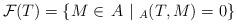
LaTeX: \begin{align*} \mathcal{F}(T)=\{M\in\mathop{}A~|~_A(T,M)=0\} \end{align*}